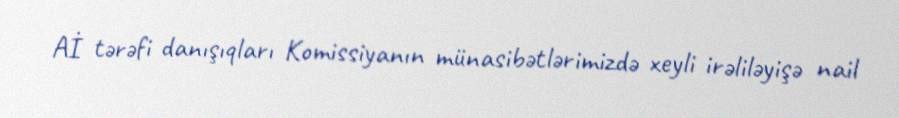
Aİ tərəfi danışıqları Komissiyanın münasibətlərimizdə xeyli irəliləyişə nail